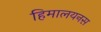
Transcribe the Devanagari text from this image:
हिमालयनस